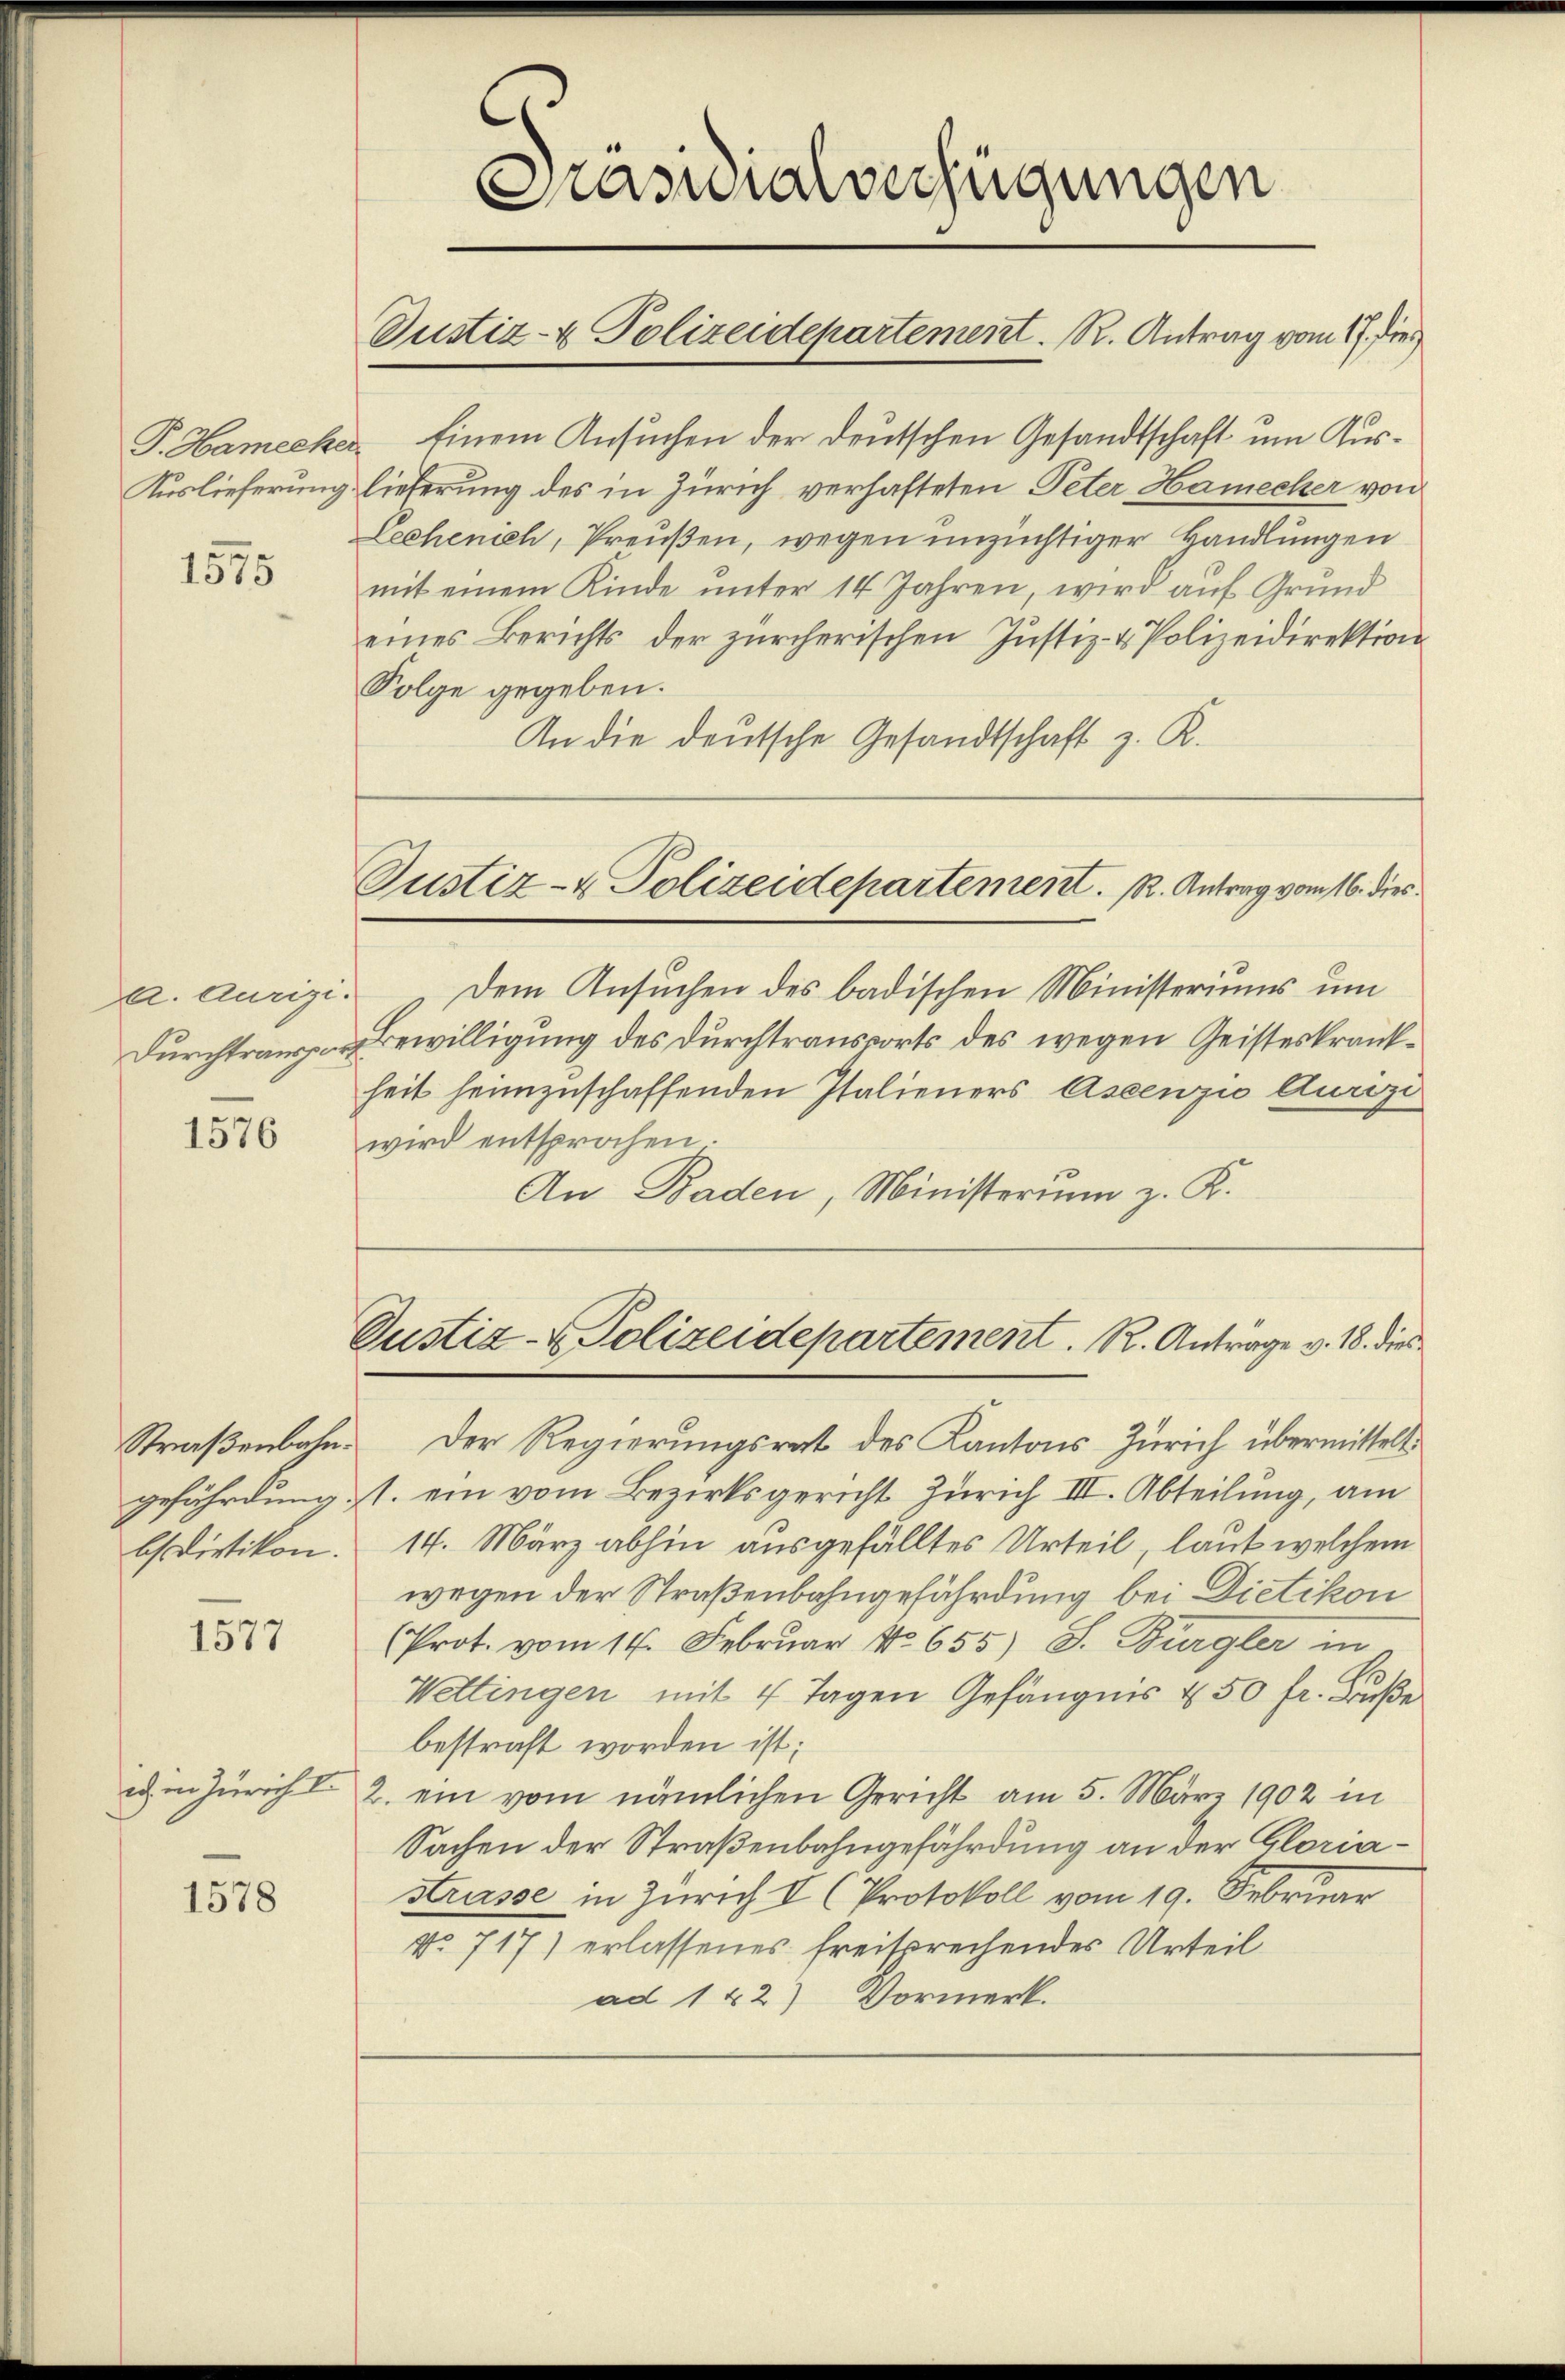
P. Hamecker
Auslieferung

1575

a. Aurigi.
Durchtranspor¬

1576

Straßenbahn.
bs Dietikon.

1577

ad in Züricht

1578

Grasmatverfügungen

Justiz- & Polizeidepartement. R. Antrag vom 17. Dies

Einem Ansuchen der deutschen Gesandtschaft um Auslieferung des in Zürich verhafteten Peter Hamecker von
Lechenich, Preußen, wegen unzüchtiger Handlungen
mit einem Kinde unter 14 Jahren, wird auf Grund
eines Berichts der zürcherischen Justiz- & Polizeidirektion
Folge gegeben.
An die deutsche Gesandtschaft z. K.
Dem Ansuchen des badischen Ministeriums um
Bewilligung des Durchtransports des wegen Geisteskrankheit heimzuschaffenden Italieners Ascenzio Aurizi
wird entsprochen.
An Baden, Ministerum z. K.
Justiz- & Polizeidepartement. R. Anträge v. 18. dies
Der Regierungsrat des Kantons Zürich übermittelt.
gefährdung ist. ein vom Bezirksgericht Zürich III. Abteilung, am
14. März abhin ausgefälltes Urteil, laut welchem
wegen der Straßenbahngefährdung bei Dietikon
(Prot. vom 14. Februar No. 655) S. Burgler in
Wettingen mit 4 Tagen Gefängnis u 50 fr. Buße
bestraft worden ist;
2. ein vom nämlichen Gericht am 5. März 1902 in
Sachen der Straßenbahngefährdung an der Gloria¬
Strasse in Zürich V (Protokoll vom 19. Februa
No 717) erlassenes freisprechendes Urteil
ad 1 42) Vormerk.

Justiz- & Polizeidepartement. R. Antrag vom 16. dies